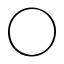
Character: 〇